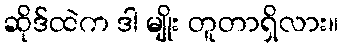
ဆိုဒ်ထဲက ဒါ မျိုး တူတာရှိလား။